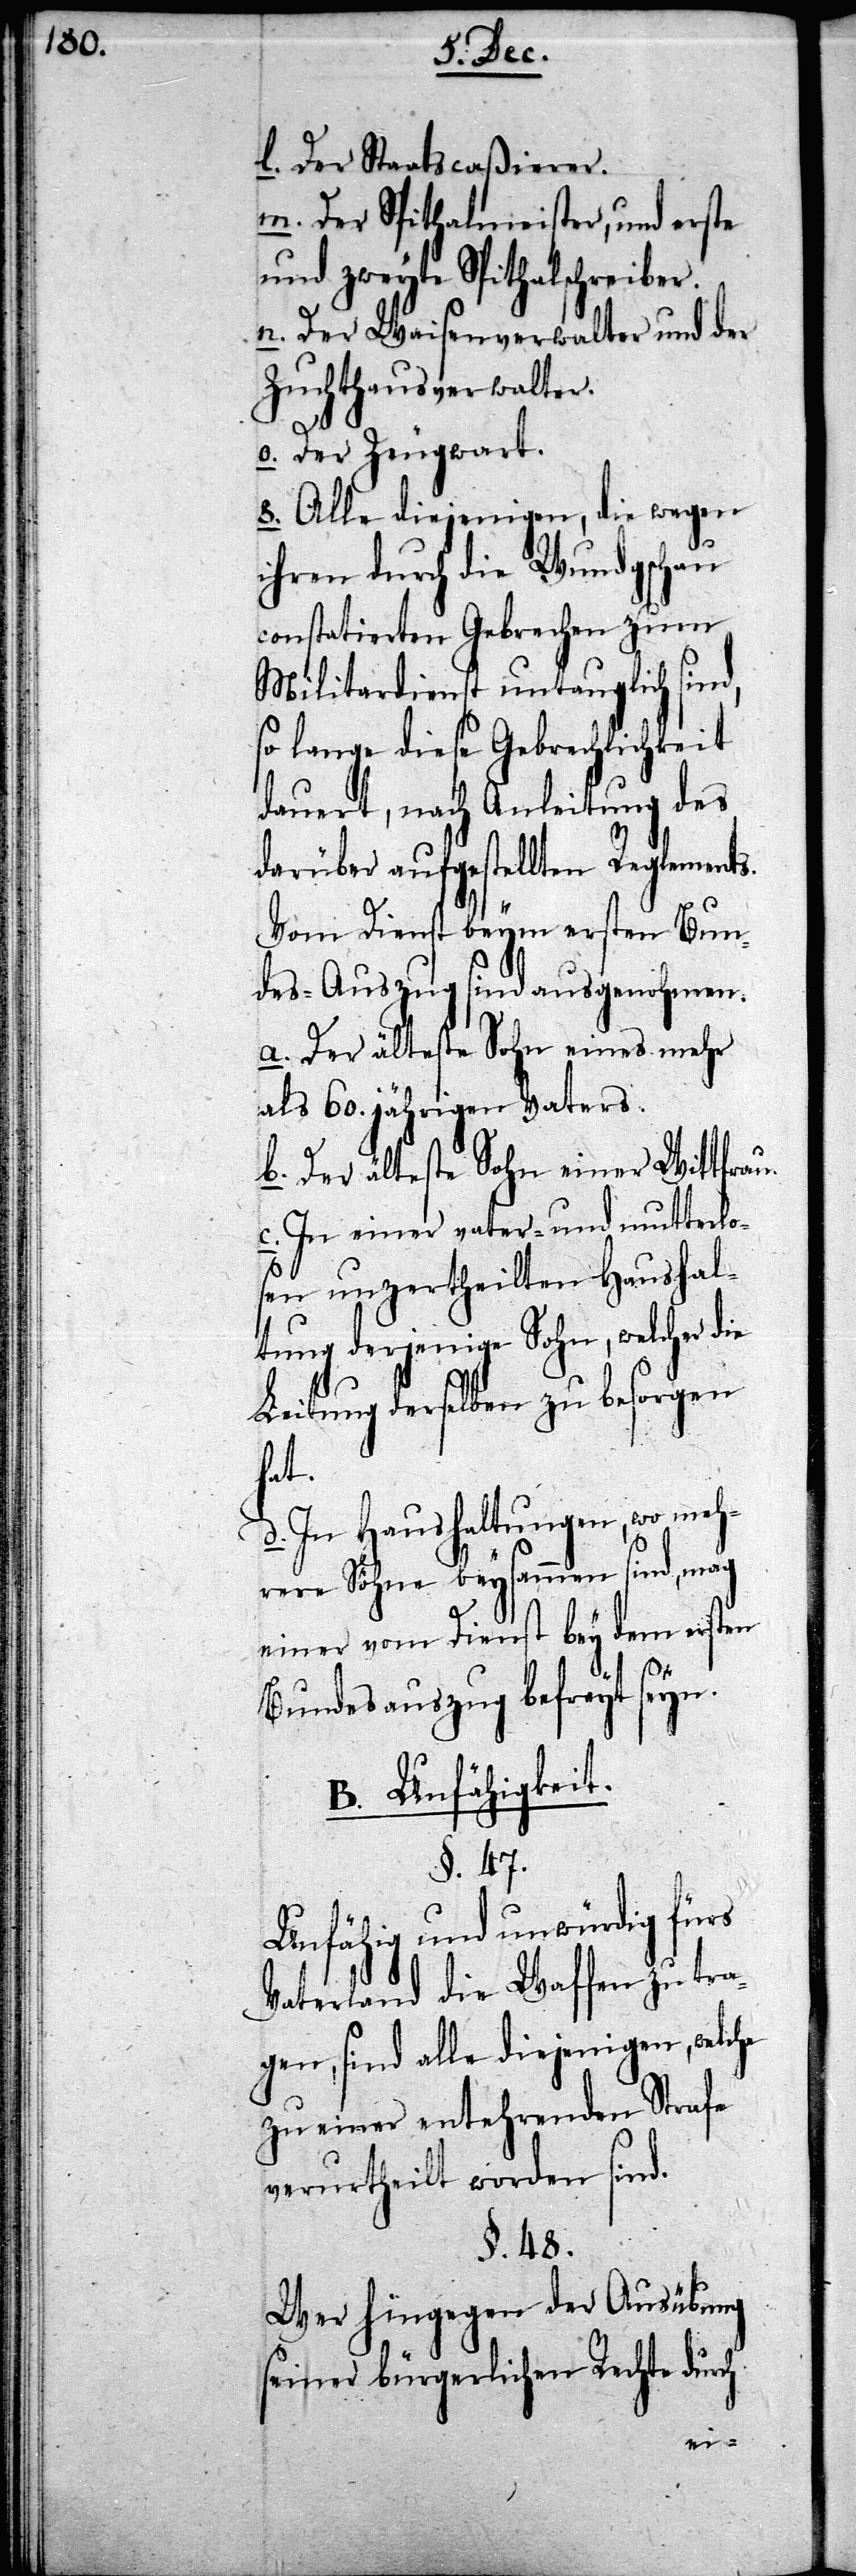
l. Der Staatscaßierer.
m. Der Spithalmeister, und erste
und zweyte Spithalschreiber.
n. Der Waisenverwalter und der
Zuchthausverwalter.
o. Der Zeugwart.
8. Alle diejenigen, die wegen
ihren durch die Wundgschau
constatierten Gebrechen zum
Militardienst untauglich sind,
so lange diese Gebrechlichkeit
dauert, nach Anleitung des
darüber aufgestellten Reglements.
Vom Dienst beym ersten Bun¬
des-Auszug sind ausgenohmen.
a. Der älteste Sohn eines mehr
als 60. jährigen Vaters.
b. Der älteste Sohn einer Wittfrau.
c. In einer vater- und mutterlo¬
sen unzertheilten Haushal¬
tung derjenige Sohn, welcher die
Leitung derselben zu besorgen
hat.
d. In Haushaltungen, wo meh¬
rere Söhne beysammen sind, mag
einer vom Dienst bey dem ersten
Bundesauszug befreyt seyn.
B. Unfähigkeit.
§. 47.
Unfähig und unwürdig fürs
Vaterland die Waffen zu tra¬
gen, sind alle diejenigen, welche
zu einer entehrenden Strafe
verurtheilt worden sind.
§. 48.
Wer hingegen der Ausübung
seiner bürgerlichen Rechte durch